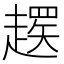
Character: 𬦚